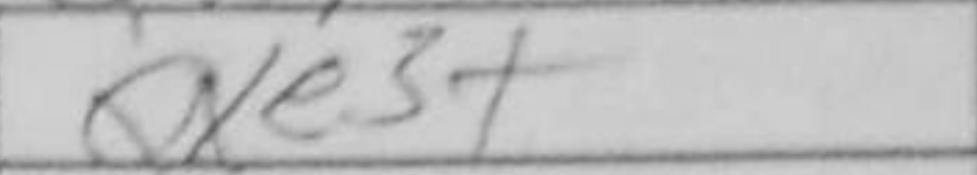
Transcription: Qxe3+